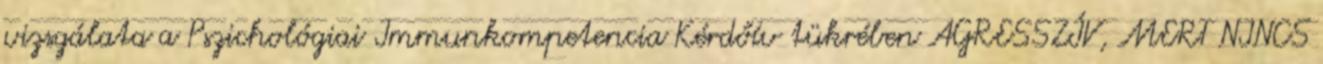
vizsgálata a Pszichológiai Immunkompetencia Kérdőív tükrében AGRESSZÍV, MERT NINCS